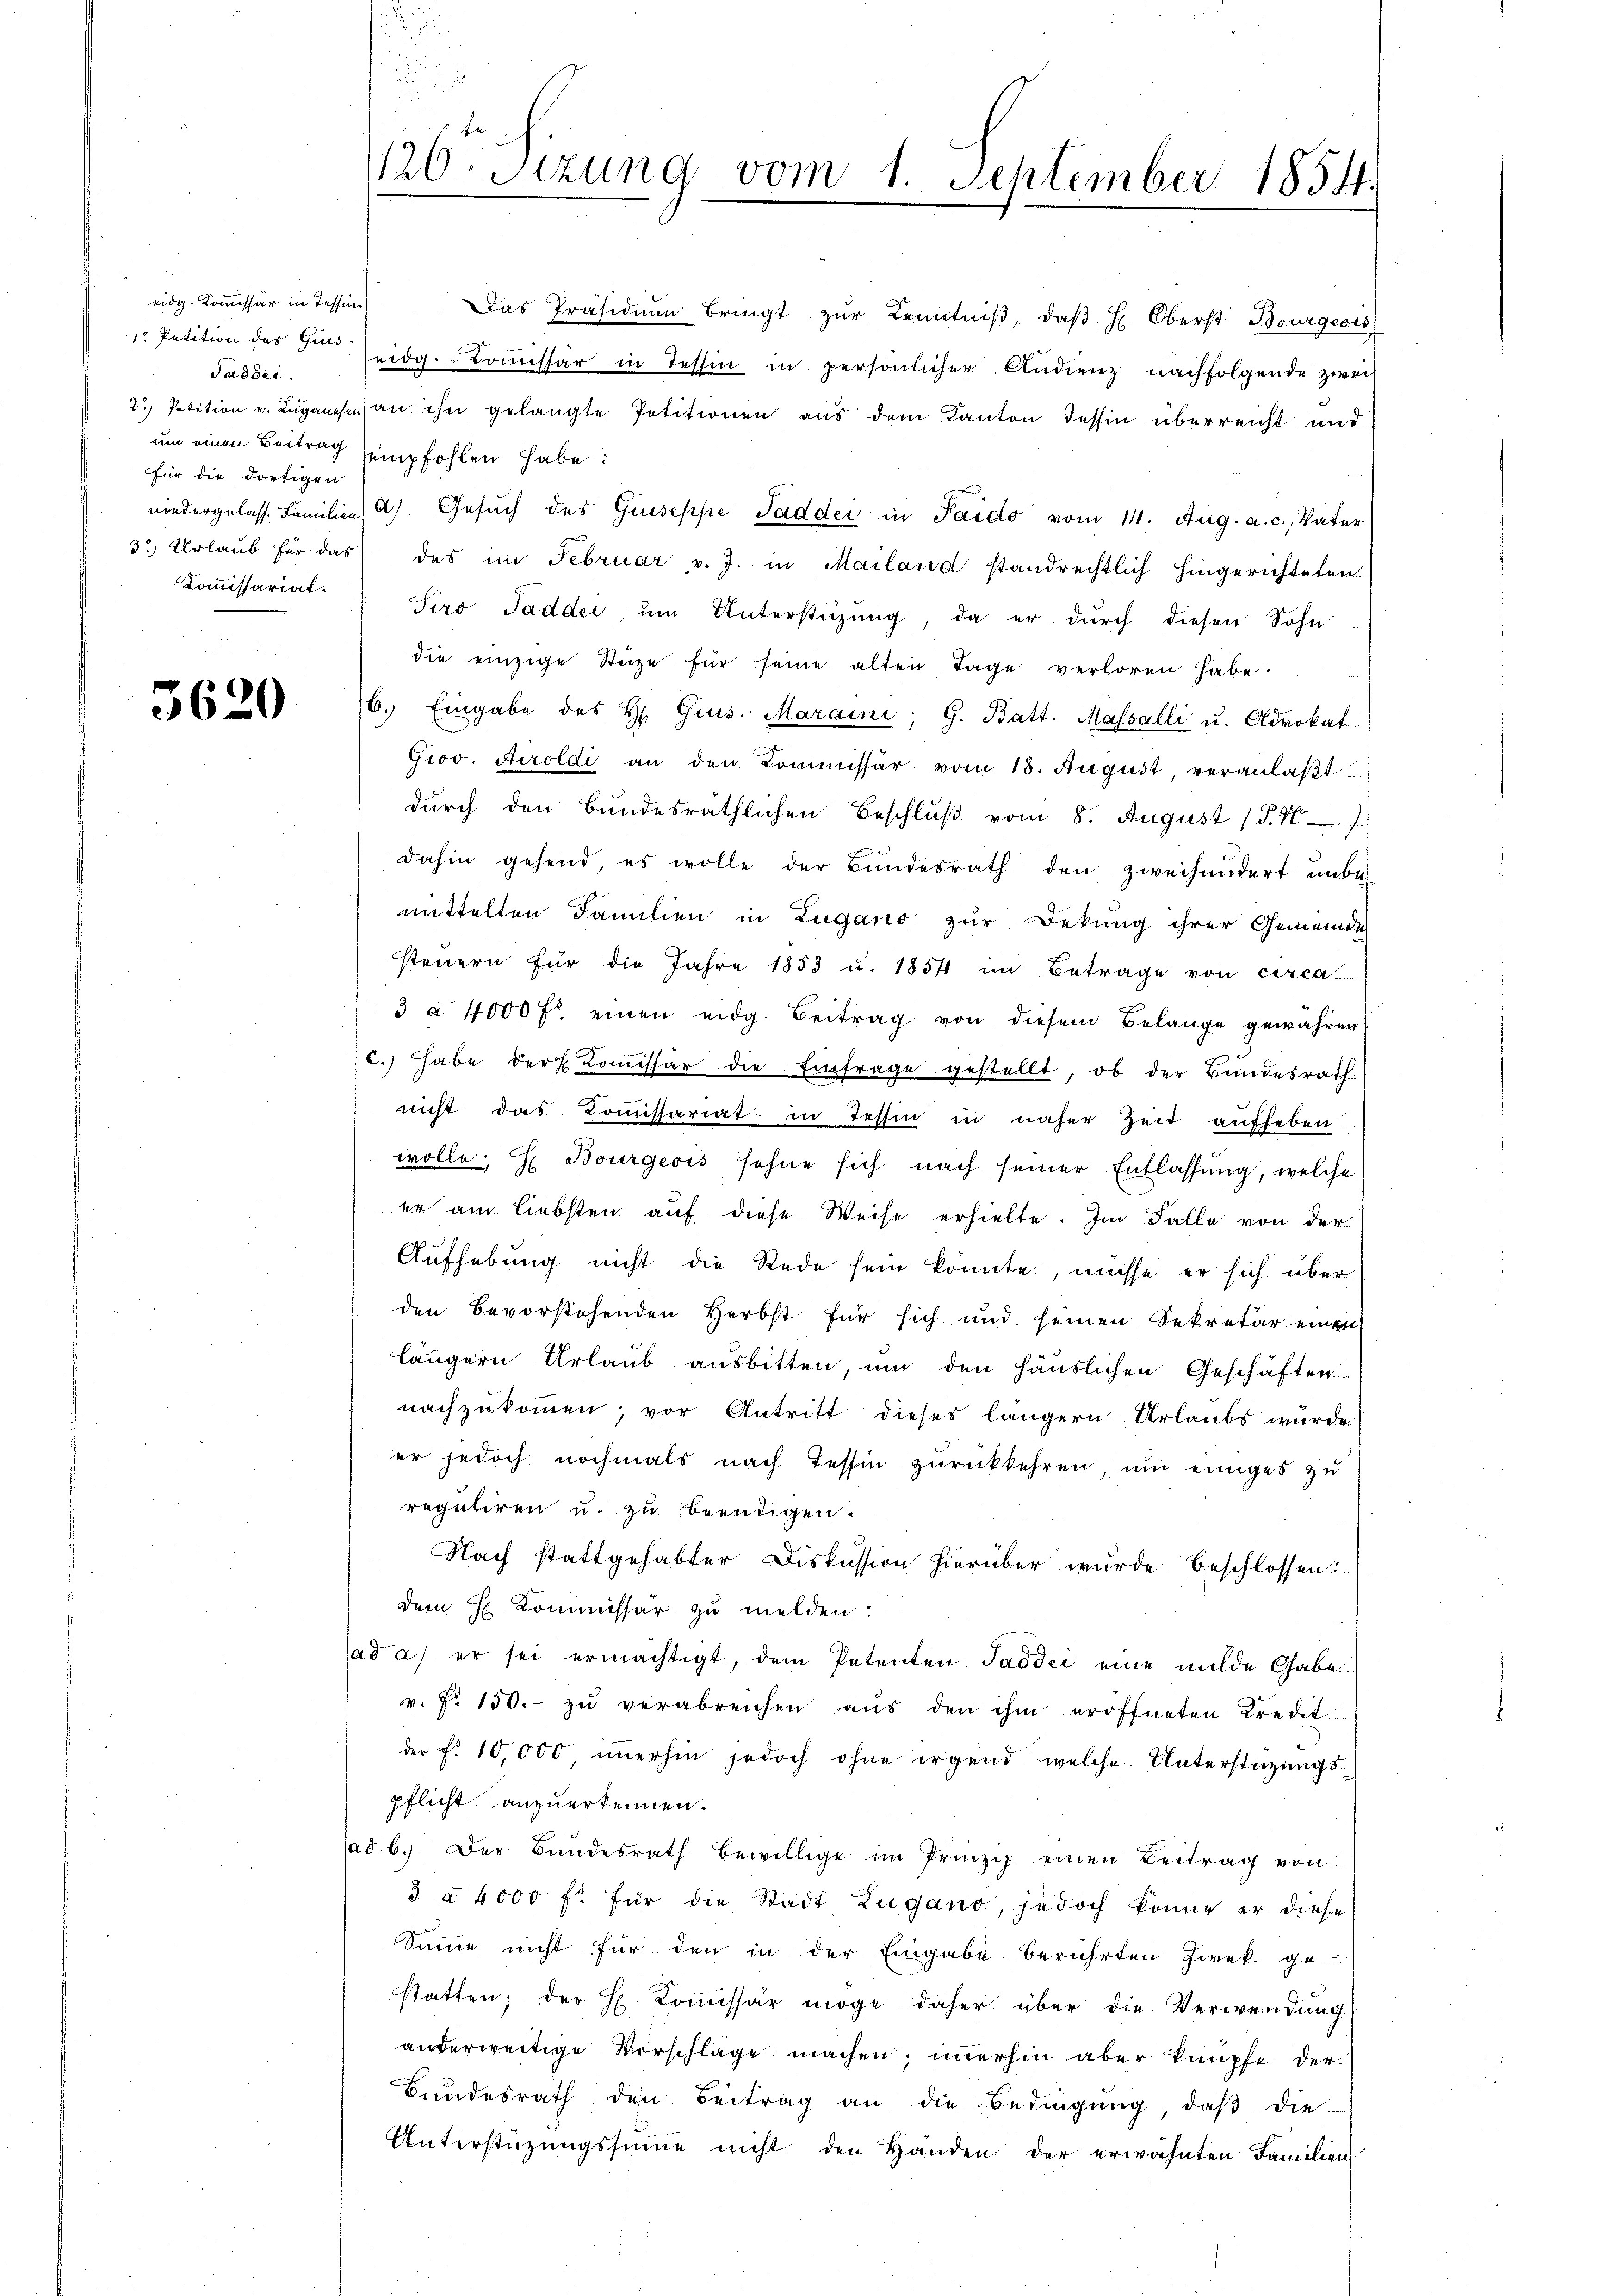
eidg. Kommissär in Tessin.
Taddei.
für die dortigen

3620

" Petition des den seidg. Koṁissär in Tessin in persönlicher Audienz nachfolgende zwei
2.) Petition v. Luganesens an ihn gelangte Petitionen aus dem Kanton Tessin überreicht und
um einen Beitrag sempfohlen habe:
niedergelasse Familien a) Gesŭch des Giuseppe Saddei in Paido vom 14. Aug. a. c., Vater
3) Urlaŭb für das des im Februar v. J. in Mailand standrechtlich hingerichteten
Koṁissariat. Siro Tadder, ŭm Unterstützŭng, da er durch diesen Sohn
die einzige Stüze für seine alten Tage verloren habe.
76. Eingabe des H. Gius. Maraini; G. Batt. Massalli u. Advokat
G100. Airoldi an den Kommissar vom 15. August, veranlaßt
durch den Bundesräthlichen Beschluß vom 8. August (§. 1.
dahin gehend, es wolle der Bundesrath den zweihundert unbe-
mittelten Familien in Lugano zur Dekung ihrer Gemeinde
steuern für die Jahre 1853 u. 1854 im Betrage von circa
3 à 4000 fl. einen eidg. Beitrag von diesem Belange gewähren
c.) Habe der Koṁissär die Einfrage gestellt, ob der Bundesrath
nicht das Commissariat in Tessin in näher Zeit aufheben.
wolle. H. Bourgeois sehne sich nach seiner Entlassung, welche
er am liebsten auf diese Weise erhielte. Im Falle von der
Aufhebung nicht die Rede sein könnte, müsse er sich überden bevorstehenden Herbst für sich und seinen Sekretär einen
längern Urlaub ausbitten, um den häuslichen Geschäften
nachzukommen; vor Antritt dieses längern Urlaubs wurde
er jedoch nochmals nach Tessin zurückkehren, um einiges zu
reguliren u. zu beendigen.
Nach stattgehabter Diskussion hierüber wurde beschlossen:
dem H. Kommissär zu melden:
sad a.) er sei ermächtigt, dem Petenten Saddrei eine milde Gabe
v. fr. 150.- zŭ verabreichen aŭs den ihm eröffneten Kredit
der f. 10,000, iṁerhin jedoch ohne irgend welche Unterstützungspflicht anzuerkennen.
ad b. Der Bŭndesrath bewillige im Prinzip einen Beitrag von
3 à 4000 fl. für die Stadt Lugano, jedoch könne er diese
Summe nicht für den in der Eingabe berührten Zwek ge-
statten; der H. Commissär möge daher über die Verwendung
anterweitige Vorschläge machen, immerhin aber knüpfe der
Bŭndesrath den Beitrag an die Bedingŭng, daβ die
Unterstützŭngssumme nicht den Handen der erwähnten Familien

120. Sizung vom 1. September 1854.

Das Präsidiŭm bringt zŭr Kenntniβ, daβ H. Oberst Bourgeois